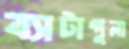
ব্যাটাগুলা